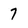
Character: 7